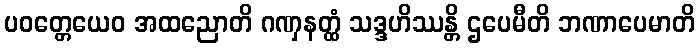
ပဝတ္တေယေဝ အထညောတိ ဂဏှနတ္ထံ သဒ္ဒဟိဿန္တိ ဌပေမီတိ ဘဏာပေမာတိ